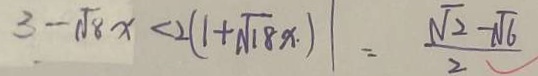
3 - \sqrt { 1 8 } x < 2 ( 1 + \sqrt { 1 8 } x \cdot ) \vert = \frac { \sqrt { 2 } - \sqrt { 6 } } { 2 }